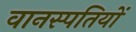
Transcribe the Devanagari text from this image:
वानस्पतियों